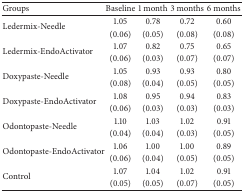
<table><thead><tr><td><b>Groups</b></td><td><b>Baseline</b></td><td><b>1 month </b></td><td><b>3 months </b></td><td><b>6 months </b></td></tr></thead><tbody><tr><td rowspan="2">Ledermix-Needle</td><td>1.05</td><td>0.78</td><td>0.72</td><td>0.60</td></tr><tr><td>(0.06)</td><td>(0.05)</td><td>(0.08)</td><td>(0.08)</td></tr><tr><td rowspan="2">Ledermix-EndoActivator</td><td>1.07</td><td>0.82</td><td>0.75</td><td>0.65</td></tr><tr><td>(0.06)</td><td>(0.03)</td><td>(0.07)</td><td>(0.07)</td></tr><tr><td rowspan="2">Doxypaste-Needle</td><td>1.05</td><td>0.93</td><td>0.93</td><td>0.80</td></tr><tr><td>(0.08)</td><td>(0.04)</td><td>(0.05)</td><td>(0.05)</td></tr><tr><td rowspan="2">Doxypaste-EndoActivator</td><td>1.08</td><td>0.95</td><td>0.94</td><td>0.83</td></tr><tr><td>(0.06)</td><td>(0.03)</td><td>(0.03)</td><td>(0.03)</td></tr><tr><td rowspan="2">Odontopaste-Needle</td><td>1.10</td><td>1.03</td><td>1.02</td><td>0.91</td></tr><tr><td>(0.04)</td><td>(0.04)</td><td>(0.03)</td><td>(0.05)</td></tr><tr><td rowspan="2">Odontopaste-EndoActivator</td><td>1.06</td><td>1.00</td><td>1.00</td><td>0.89</td></tr><tr><td>(0.06)</td><td>(0.04)</td><td>(0.05)</td><td>(0.05)</td></tr><tr><td rowspan="2">Control</td><td>1.07</td><td>1.04</td><td>1.02</td><td>0.91</td></tr><tr><td>(0.05)</td><td>(0.05)</td><td>(0.07)</td><td>(0.05)</td></tr></tbody></table>